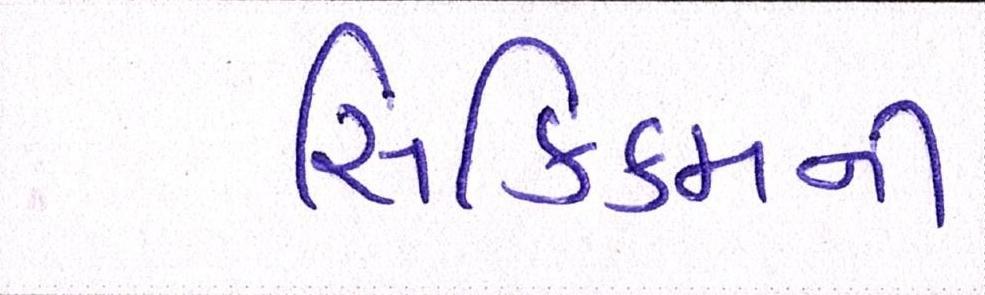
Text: સિક્કિમની